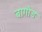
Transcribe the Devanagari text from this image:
बागौड